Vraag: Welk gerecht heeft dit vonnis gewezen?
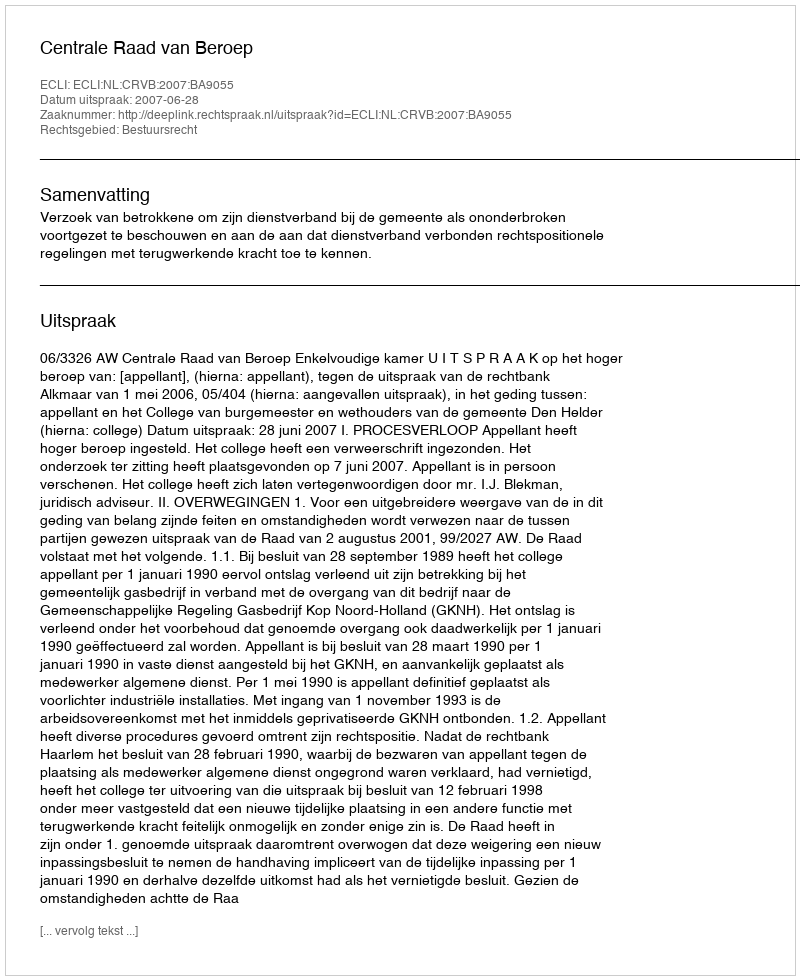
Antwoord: Centrale Raad van Beroep